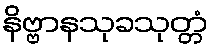
နိဗ္ဗာနသုခသုတ္တံ